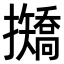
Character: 𢹣